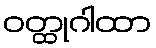
ဝတ္ထုဂါထာ